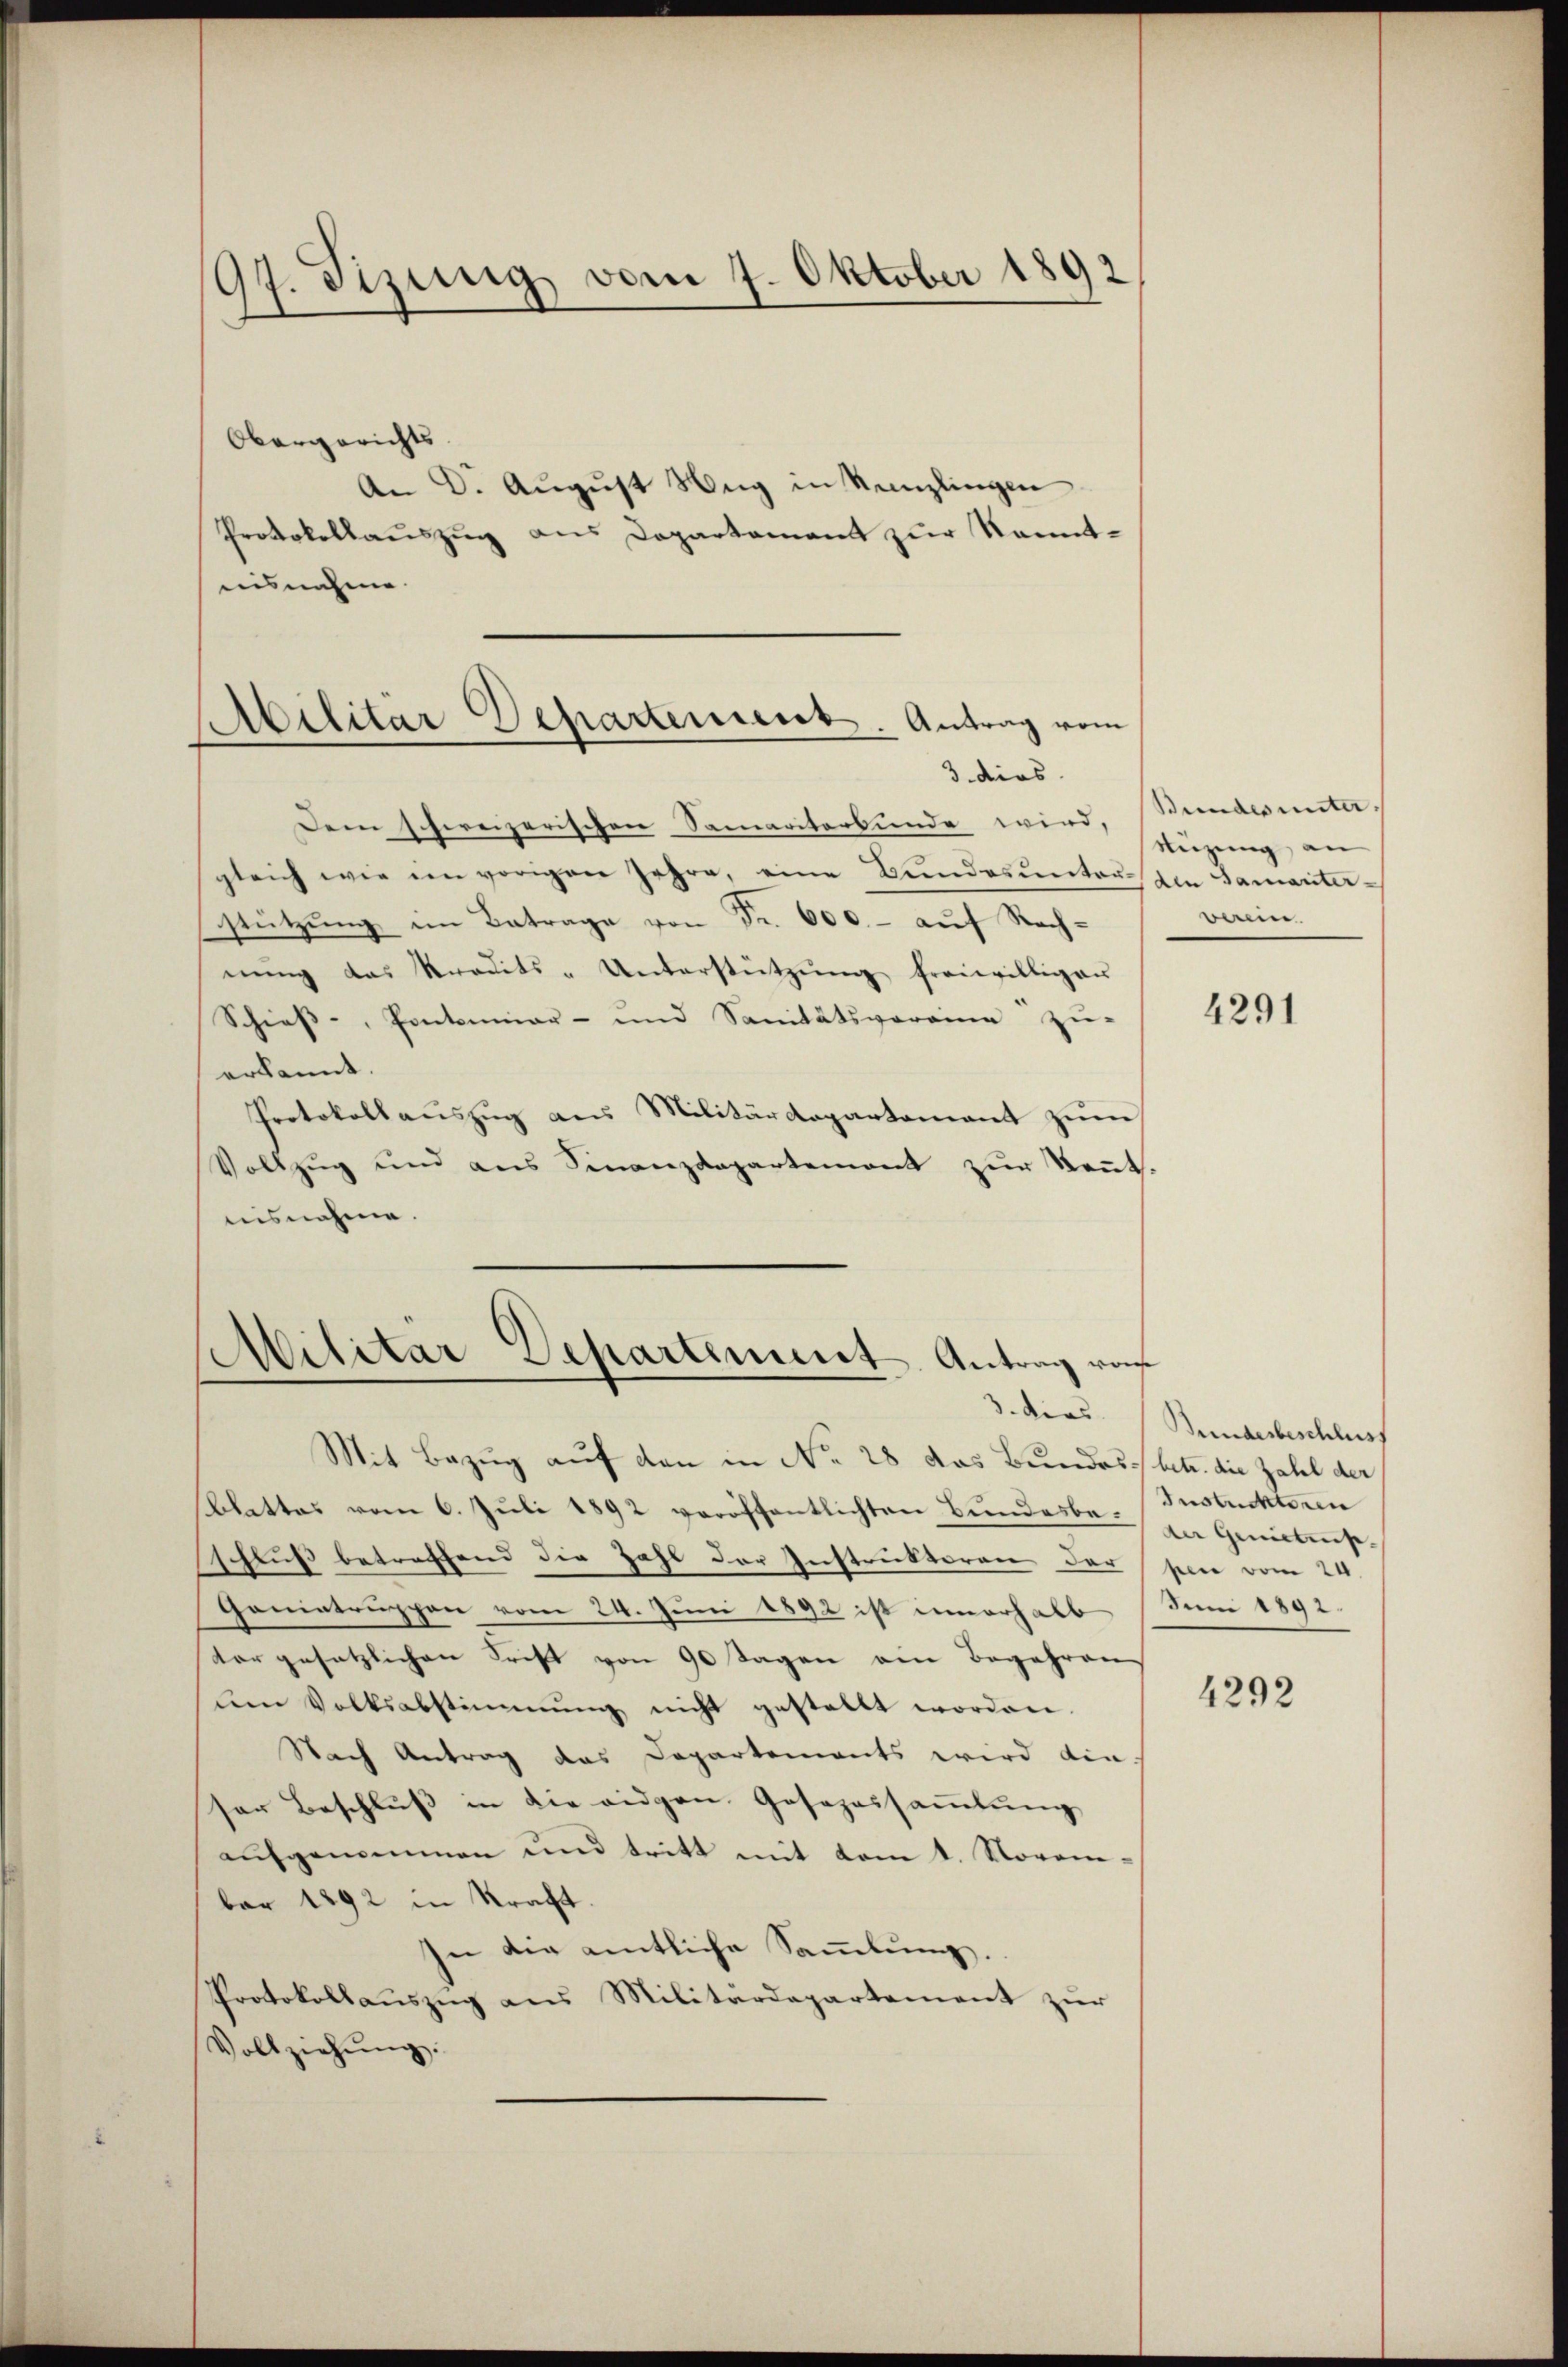
97. Tizung vom 7. Oktober 1892

Obergerichts
An D. August Weg in Kanzlingen
Protokollauszug aus Departement zur Kenntaisnahme.

Abilitar Departement. Antrag vom
3 dies

Dem schweizerischen Samariterbunde wird. Stundeuntergleich wie im vorigen Jahre, eine Bundesŭnter den Samariter-
stützung im Betrage von Fr. 600.- auf Rechnŭng das Stradits-Unterstützŭng freiwilliger
Schiess-, Pontominar- und Sanitätsvereine zu-
erkannt.
Protokoll aŭszŭg ans Militärdepartamant zŭm
Vollzŭg und ans Finanzdepartement zŭr Keṅt.
nisnahme.

Militar Departement Antrag von
3. ders.

Mit Bezug auf den in No 28 das Bundes betr. die Zahl der
blattes vom 6. Juli 1892 veröffentlichten Bundesbe-Instrickteren
schluß betreffend die Zahl der Instruktoran der per vom 24.
Ganiatruppen vom 24. Juni 1892 ist innerhalb
ter gesetzlichen Frist von 90 Tagen ein Begehren
um Volksabstimmung nicht gestellt worden.
Nach Antrag das Departements wird die
ser Beschluß in die eidgen. Gesezessammlung
aŭfgenommen und tritt mit vom 1. Novene-
ber 1892 in Straft.
In die amtliche Sammlung.
Protokollaŭszŭg ans Militärdepartement zŭr
Vollziehŭng.

Nuzung an
verein.

4291

Bundesbeschluss
der Genictniss
Juni 1892.

4292